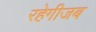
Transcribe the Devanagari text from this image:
रहेगीजब